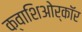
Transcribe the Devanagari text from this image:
क्वाशिओर्कॉर